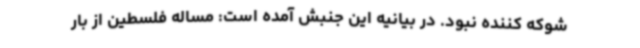
شوکه کننده نبود. در بیانیه این جنبش آمده است: مساله فلسطین از بار